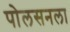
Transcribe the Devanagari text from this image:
पोलसनला